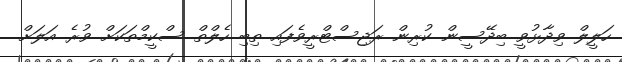
ހަލީލް ވިދާޅުވީ ބިދޭސީން ކުރިން ރަޖިސްޓްރީވެފައި ތިބި ހެލްތް ސްކީމްތަކަށް ވުރެ އަލަށް